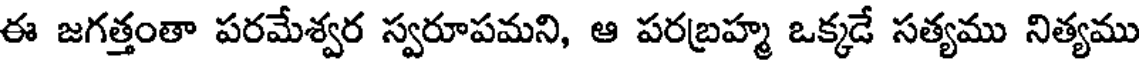
ఈ జగత్తంతా పరమేశ్వర స్వరూపమని, ఆ పరబ్రహ్మ ఒక్కడే సత్యము నిత్యము